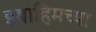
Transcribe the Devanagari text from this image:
इब्राहिमच्या